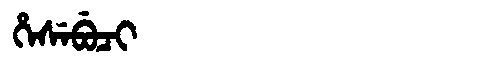
Manchu: ᡥᡝᠰᡝᠪᡠᠴᡳ
Romanization: HESEBUCI